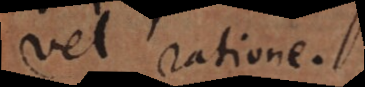
vel ratione.